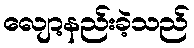
လျော့နည်းခဲ့သည်